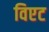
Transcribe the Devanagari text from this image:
विएट